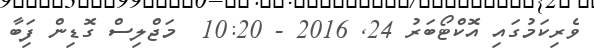
ވެރިކަމުގައި އޮކްޓޯބަރު 24